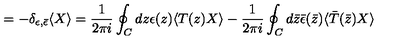
= - \delta _ { \epsilon , \bar { \epsilon } } \langle X \rangle = \frac { 1 } { 2 \pi i } \oint _ { C } d z \epsilon ( z ) \langle T ( z ) X \rangle - \frac { 1 } { 2 \pi i } \oint _ { C } d \bar { z } \bar { \epsilon } ( \bar { z } ) \langle \bar { T } ( \bar { z } ) X \rangle